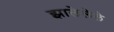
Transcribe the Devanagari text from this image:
झालेलेले